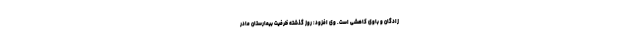
زادگان و باوی کاهشی است. وی افزود: روز گذشته ظرفیت بیمارستان مادر